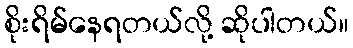
စိုးရိမ်နေရတယ်လို့ ဆိုပါတယ်။